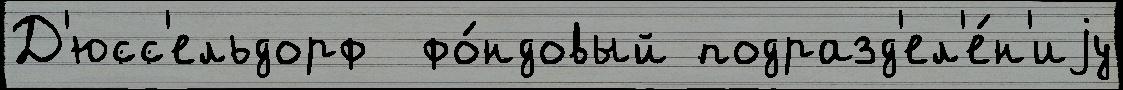
Д'юсс'ельдорф  фо́ндовый подразд'ел'е́н'иjу